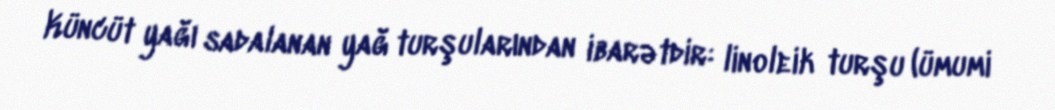
Küncüt yağı sadalanan yağ turşularından ibarətdir: linoleik turşu (ümumi